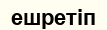
ешретіп